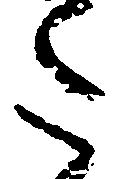
た